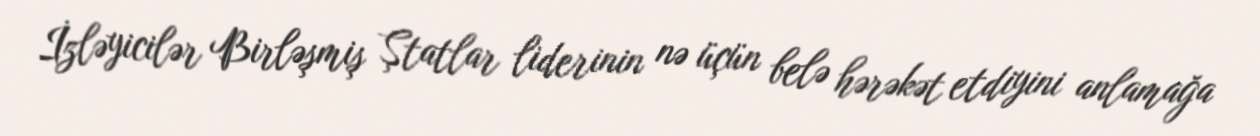
İzləyicilər Birləşmiş Ştatlar liderinin nə üçün belə hərəkət etdiyini anlamağa